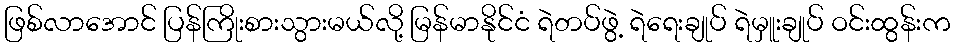
ဖြစ်လာအောင် ပြန်ကြိုးစားသွားမယ်လို့ မြန်မာနိုင်ငံ ရဲတပ်ဖွဲ့ ရဲရေးချုပ် ရဲမှူးချုပ် ဝင်းထွန်းက